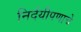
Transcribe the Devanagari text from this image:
निर्दयीपणाचे